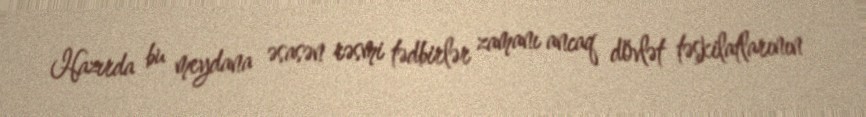
Hazırda bu meydana əsasən rəsmi tədbirlər zamanı ancaq dövlət təşkilatlarının